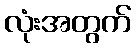
လုံးအတွက်